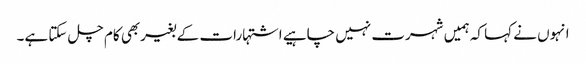
انہوں نے کہا کہ ہمیں شہرت نہیں چاہیے اشتہارات کے بغیربھی کام چل سکتا ہے۔